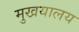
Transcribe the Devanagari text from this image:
मुखयालय